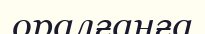
оралғанға